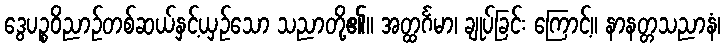
ဒွေပဉ္စဝိညာဉ်တစ်ဆယ်နှင့်ယှဉ်သော သညာတို့၏။ အတ္ထင်္ဂမာ၊ ချုပ်ခြင်း ကြောင့်။ နာနတ္တသညာနံ၊